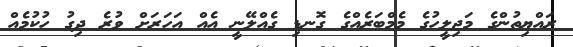
ރައްޔިތުންގެ މަޖިލީހުގެ މެމްބަރެއްގެ ގޮނޑި ގެއްލޭނީ އެއް އަހަރަށް ވުރެ ދިގު ހުކުމެއް